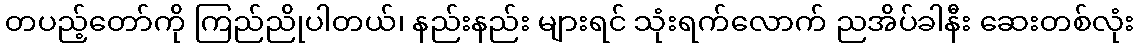
တပည့်တော်ကို ကြည်ညိုပါတယ်၊ နည်းနည်း များရင် သုံးရက်လောက် ညအိပ်ခါနီး ဆေးတစ်လုံး